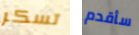
تسكر سأقدم